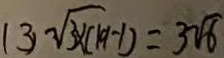
( 3 ) \sqrt { 3 \times ( 1 9 - 1 ) } = 3 \sqrt { 6 }